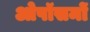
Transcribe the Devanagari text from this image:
ओपॉसमों